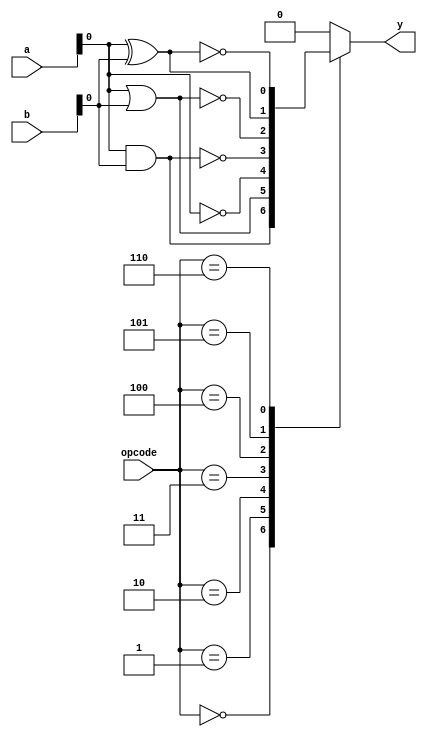
module combinational_logic_block #(
    parameter INPUT_WIDTH = 4,  // Number of inputs
    parameter OUTPUT_WIDTH = 1   // Number of outputs
)(
    input  [INPUT_WIDTH-1:0]  a,  // Input vector
    input  [INPUT_WIDTH-1:0]  b,  // Another input vector
    input  [2:0]              opcode, // Operation code to select logic function
    output reg [OUTPUT_WIDTH-1:0] y  // Output vector
);

// Opcode definitions
localparam AND_OP  = 3'b000;
localparam OR_OP   = 3'b001;
localparam NOT_OP  = 3'b010;
localparam NAND_OP = 3'b011;
localparam NOR_OP  = 3'b100;
localparam XOR_OP  = 3'b101;
localparam XNOR_OP = 3'b110;

always @(*) begin
    case (opcode)
        AND_OP:  y = a & b;                      // AND operation
        OR_OP:   y = a | b;                      // OR operation
        NOT_OP:  y = ~a;                         // NOT operation (applies to input a)
        NAND_OP: y = ~(a & b);                   // NAND operation
        NOR_OP:  y = ~(a | b);                   // NOR operation
        XOR_OP:  y = a ^ b;                      // XOR operation
        XNOR_OP: y = ~(a ^ b);                   // XNOR operation
        default: y = {OUTPUT_WIDTH{1'b0}};      // Default case (zero output)
    endcase
end

endmodule